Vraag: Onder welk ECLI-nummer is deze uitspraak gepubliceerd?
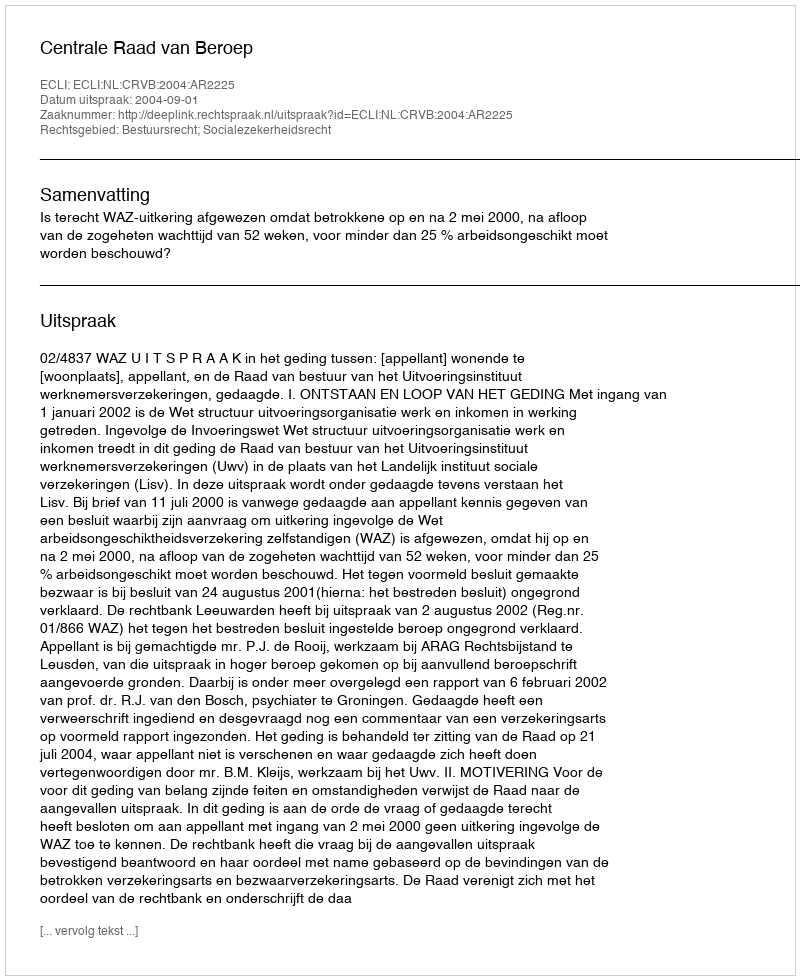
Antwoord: ECLI:NL:CRVB:2004:AR2225